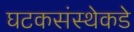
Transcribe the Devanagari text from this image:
घटकसंस्थेकडे